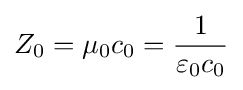
Z_{0}=\mu _{0}c_{0}={\frac {1}{\varepsilon _{0}c_{0}}}